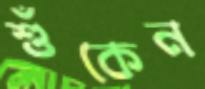
শুঁকেন